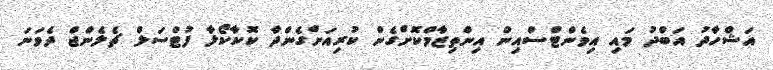
އަޝްހާދު އަބްދު މައި އިވެންޓްސްއިން އިންތިޒާމްކޮށްގެން ކުރިއަށްގެންދާ ކޮކާކޯލާ ފުޓްސަލް ޗެލެންޖް ދެވަނަ